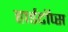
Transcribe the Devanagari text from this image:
हार्डटॉप्स